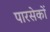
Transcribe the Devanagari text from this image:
पारसेकों